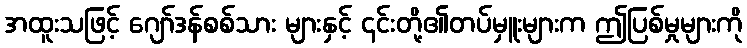
အထူးသဖြင့် ဂျော်ဒန်စစ်သား များနှင့် ၎င်းတို့၏တပ်မှူးများက ဤပြစ်မှုများကို